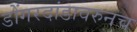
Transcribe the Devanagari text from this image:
डोंगरदांडावरुनच